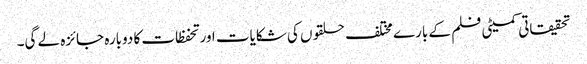
تحقیقاتی کمیٹی فلم کے بارے مختلف حلقوں کی شکایات اور تحفظات کا دوبارہ جائزہ لے گی۔